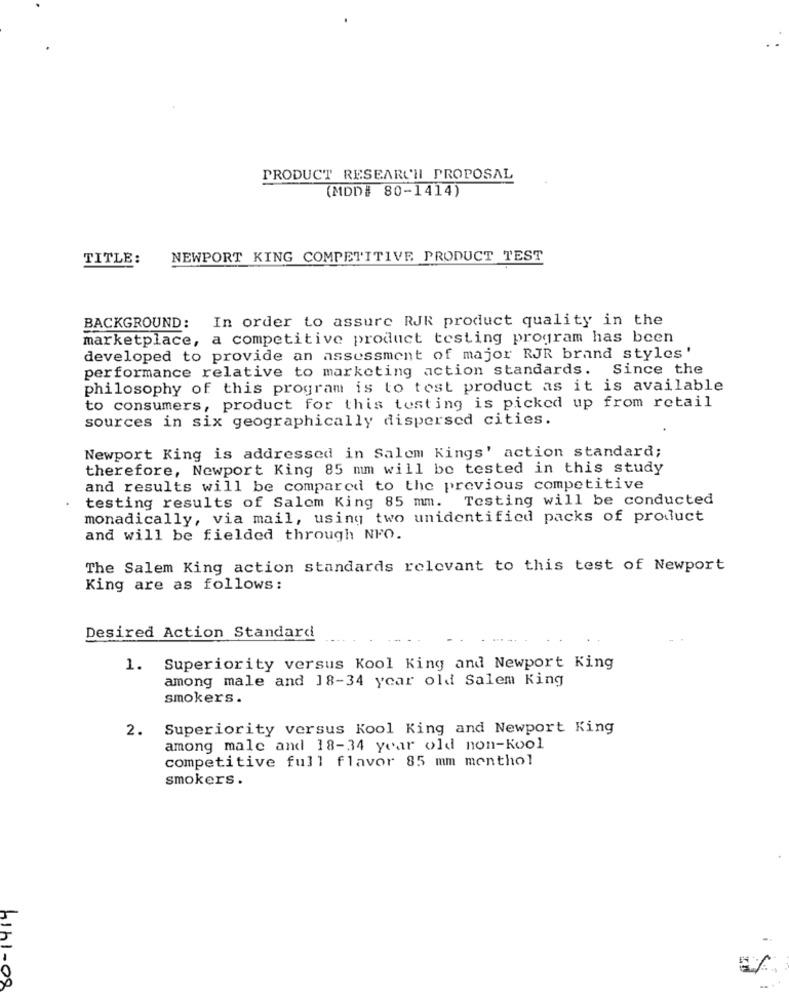
PRODUCT RESEARCH PROPOSAL
(MDD# 80-1414)
TITLE:
NEWPORT KING COMPETITIVE PRODUCT TEST
BACKGROUND: In order to assure RJR product quality in the
marketplace, a competitive product testing program has been
developed to provide an assessment of major RJR brand styles'
performance relative to marketing action standards. Since the
philosophy of this program is to test product as it is available
to consumers, product for this testing is picked up from retail
sources in six geographically dispersed cities.
Newport King is addressed in Salem Kings' action standard;
therefore, Newport King 85 mm will be tested in this study
and results will be compared to the previous competitive
testing results of Salom King 85 mm. Testing will be conducted
monadically, via mail, using two unidentified packs of product
and will be fielded through NFO.
The Salem King action standards relevant to this test of Newport
King are as follows:
Desired Action Standard
1. Superiority versus Kool King and Newport King
among male and 18-34 year old Salem King
smokers.
2. Superiority versus Kool King and Newport King
among male and 18-34 year old non-kool
competitive full flavor 85 mm menthol
smokers .
80-1414